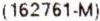
(162761-M)